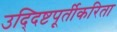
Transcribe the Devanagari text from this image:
उद्‍दिष्टपूर्तीकरिता